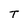
Character: T